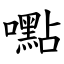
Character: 嚸